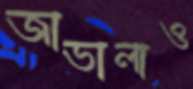
জাভালাও